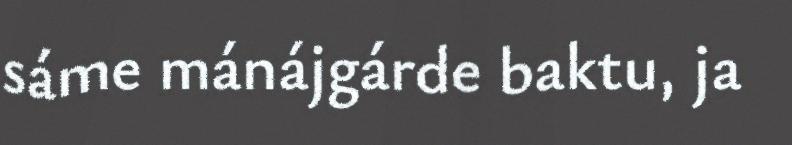
sáme mánájgárde baktu, ja